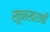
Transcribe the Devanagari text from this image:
खूनखराबी